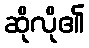
ဆိုလို၏